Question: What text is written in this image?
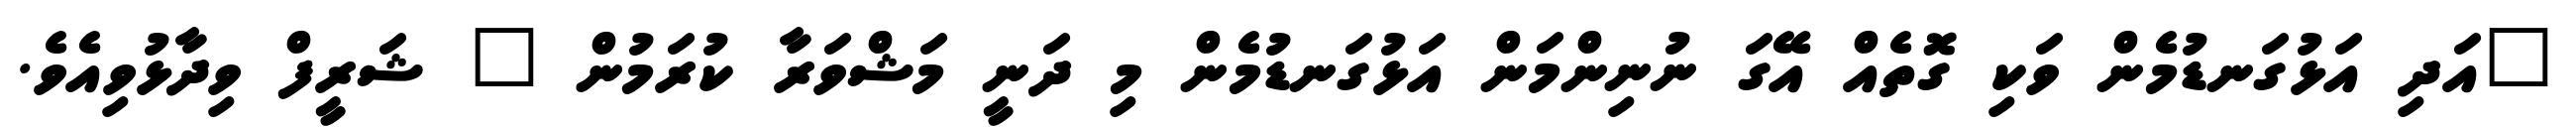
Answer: "އަދި އަޅުގަނޑުމެން ވަކި ގޮތެއް އޭގަ ނުނިންމަން އަޅުގަނޑުމެން މި ދަނީ މަޝްވަރާ ކުރަމުން " ޝަރީފް ވިދާޅުވިއެވެ.